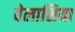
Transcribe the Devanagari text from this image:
वेलाशिया